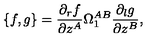
\{ f , g \} = \frac { \partial _ { r } f } { \partial z ^ { A } } \Omega _ { 1 } ^ { A B } \frac { \partial _ { l } g } { \partial z ^ { B } } ,